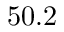
5 0 . 2